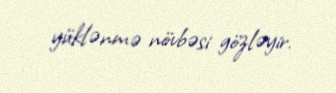
yüklənmə növbəsi gözləyir.